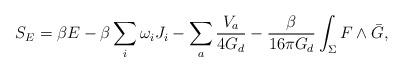
LaTeX: \begin{align*}S_{E} = \beta E - \beta \sum_{i} \omega_{i} J_{i} - \sum_{a} \frac{V_{a}}{4 G_{d}} - \frac{\beta}{16 \pi G_{d}} \int_{\Sigma} F \wedge \bar{G},\end{align*}